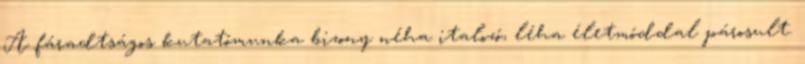
A fáradtságos kutatómunka bizony néha italozó, léha életmóddal párosult.